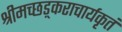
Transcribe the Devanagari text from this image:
श्रीमच्छड़्कराचार्यकृतं